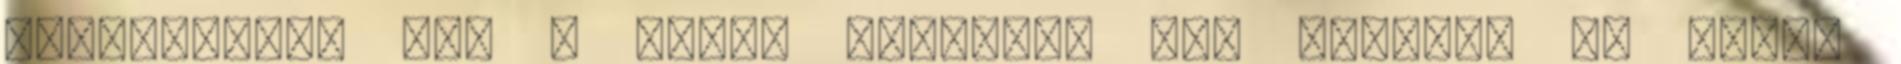
memoriaarak mar a Engem momentan nem zavart, de sokan